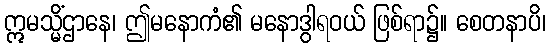
ဣမသ္မိံဌာနေ၊ ဤမနောကံ၏ မနောဒွါရဝယ် ဖြစ်ရာ၌။ စေတနာပိ၊